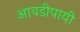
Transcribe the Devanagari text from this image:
आवडीपायी